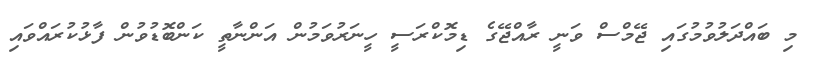
މި ބައްދަލުވުމުގައި ޖޭމްސް ވަނީ ރާއްޖޭގެ ޑިމޮކްރަސީ ހީނަރުވަމުން އަންނާތީ ކަންބޮޑުވުން ފާޅުކުރައްވައި